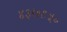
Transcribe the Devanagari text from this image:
४३७९५०